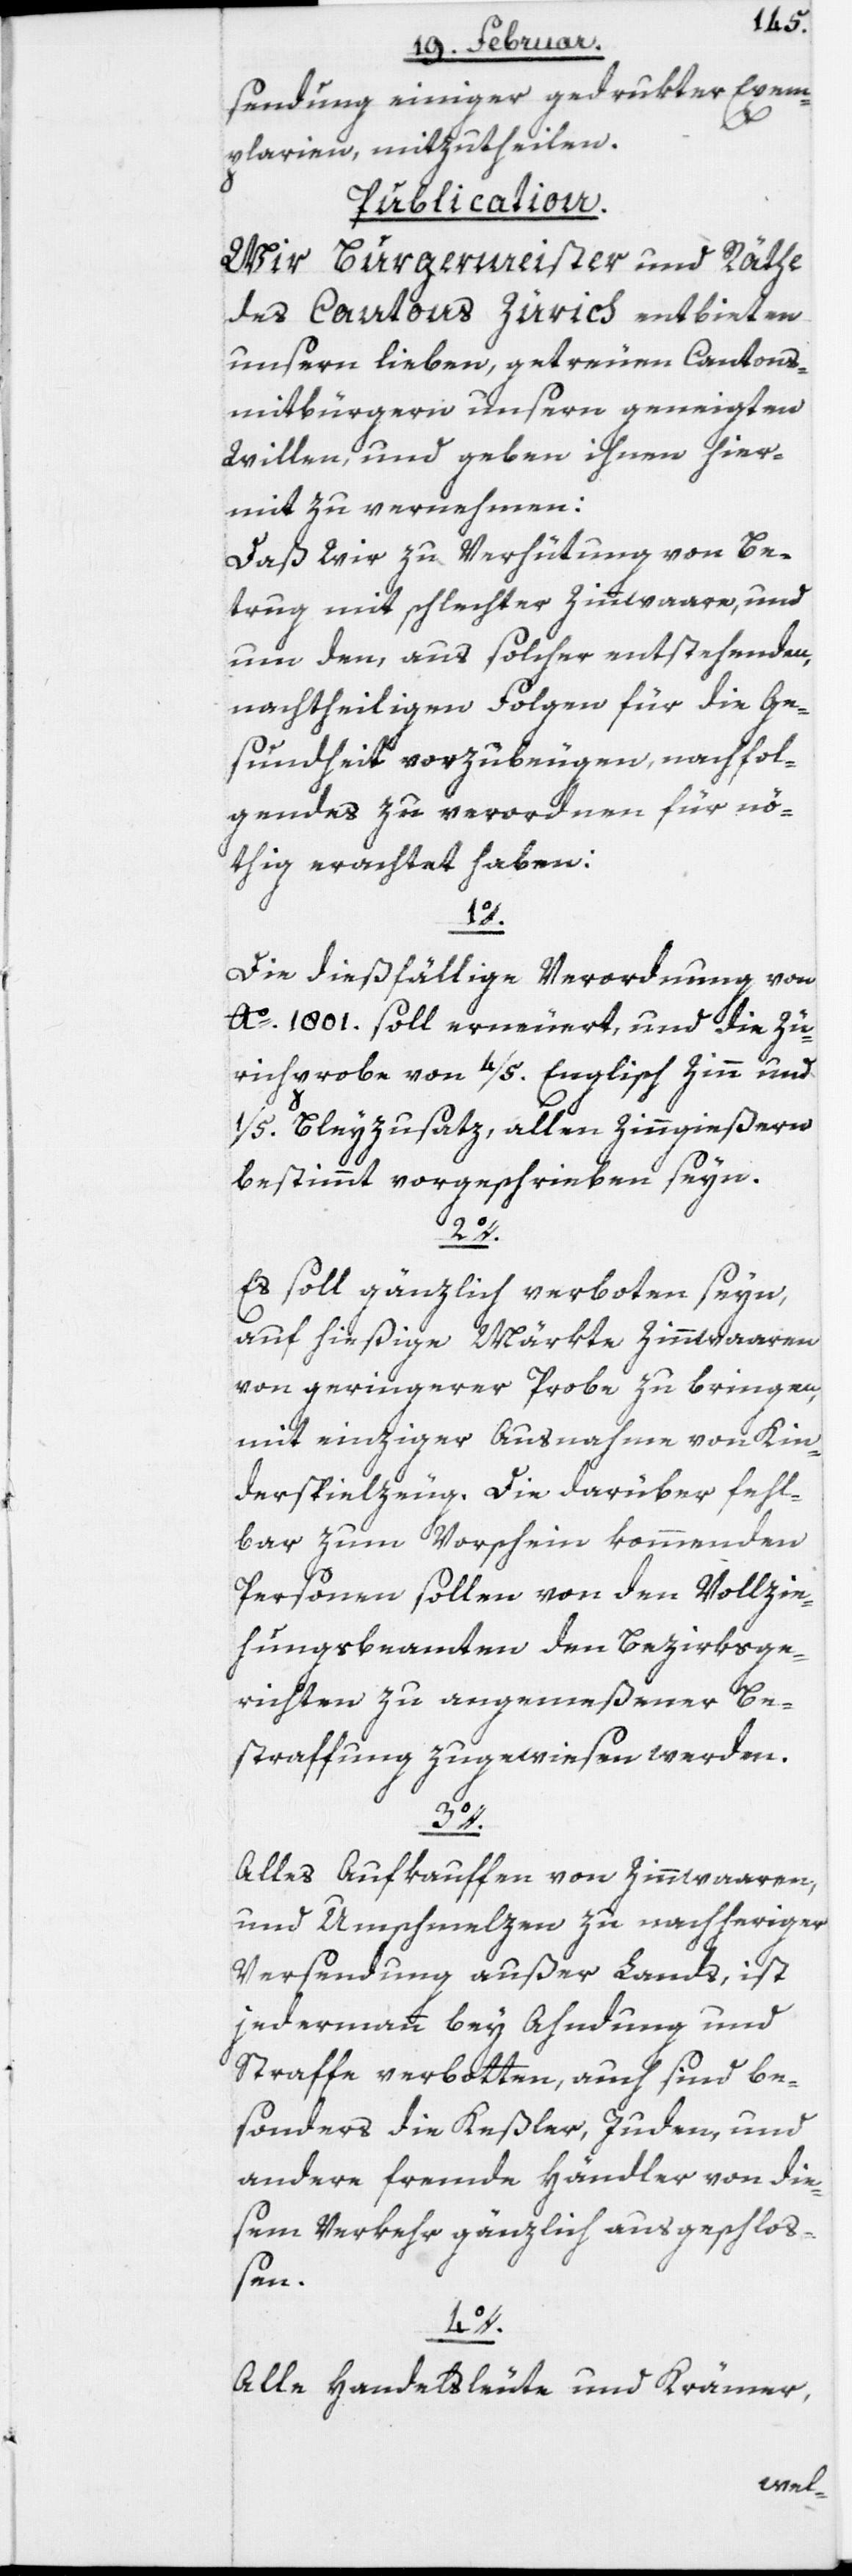
sendung einiger gedrukter Exem¬
plarien, mitzutheilen.
Publication.
Wir Bürgermeister und Räthe
des Cantons Zürich entbieten
unsern lieben, getreuen Cantons¬
mitbürgern unsern geneigten
Willen, und geben ihnen hier¬
mit zu vernehmen:
Daß wir zu Verhütung von Be¬
trug mit schlechter Zinnwaare, und
um den, aus solcher entstehenden,
nachtheiligen Folgen für die Ge¬
sundheit vorzubeugen, nachfol¬
gendes zu verordnen für nö¬
thig erachtet haben:
1o.
Die dießfällige Verordnung von
Ao. 1801. soll erneuert, und die Zü¬
richprobe von 4/5. Englisch Zinn und
1/5. Bleyzusatz, allen Zinngießern
bestimmt vorgeschrieben seyn.
2o.
Es soll gänzlich verboten seyn,
auf hießige Märkte Zinnwaaren
von geringerer Probe zu bringen,
mit einziger Ausnahme von Kin¬
derspielzeug. Die darüber fehl¬
bar zum Vorschein kommenden
Personen sollen von den Vollzie¬
hungsbeamten den Bezirksge¬
richten zu angemeßener Be¬
straffung zugewiesen werden.
3o.
Alles Aufkauffen von Zinnwaaren,
und Umschmelzen zu nachheriger
Versendung außer Lands, ist
jedermann bey Ahndung und
Straffe verbotten, auch sind be¬
sonders die Keßler, Juden, und
andere fremde Händler von die¬
sem Verkehr gänzlich ausgeschloß¬
en.
4o.
Alle Handelsleute und Krämer,